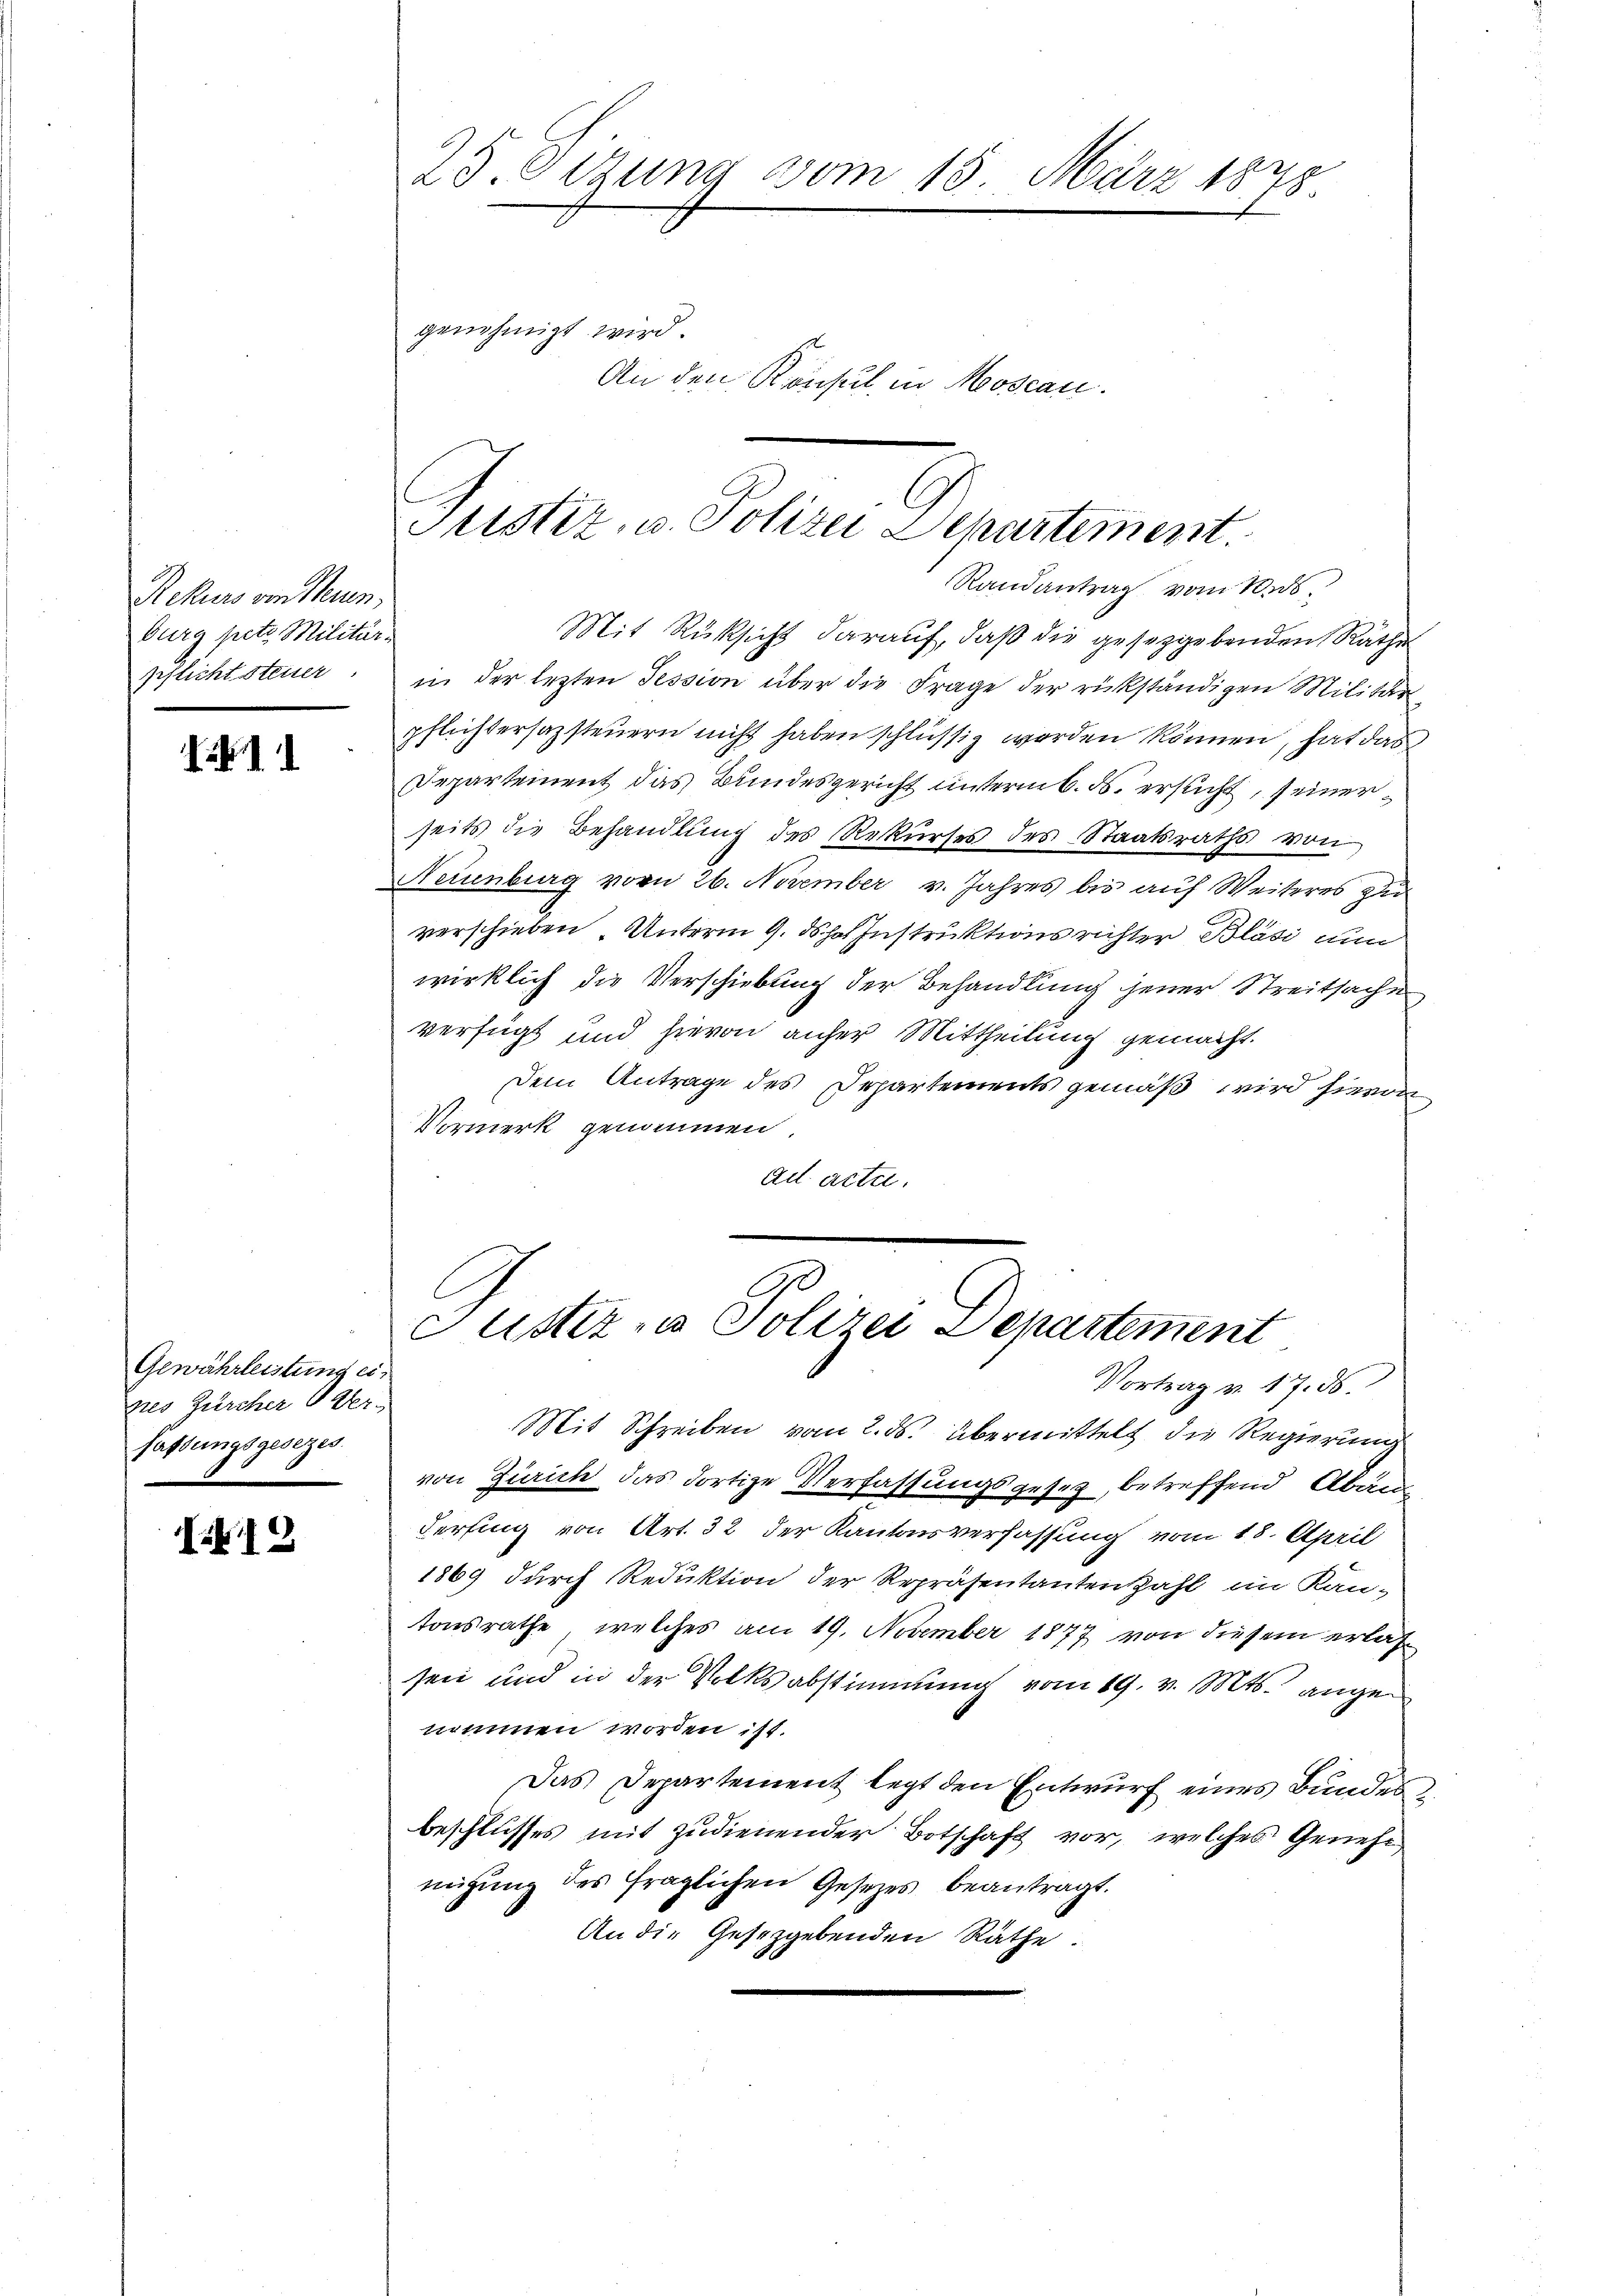
Rekurs von Neuen,
burg setz Militär-
geflicht steuer

1

Gewährleistung eines Zürcher Ver-
fassungsgesezes.

I.19

25. Setzung vom 18. März 1878
genehmigt wird.
An den Konsul in Moscan.

Justiz- u. Polizei Departement.
Randantrag vom 10. ds.

Mit Rüksicht darauf, daß die gesetzgebenden Rathe
in der lezten Tession über die Frage der rückständigen Militär
pflichtersazsteuern nicht haben schlüssig werden können, hat das
Departement das Bundesgericht unterm 6. ds. ersucht, seinerseits die Behandlung des Rekurses des Staatsraths von
Neuenburg vom 26. November v. Jahres bis auf Weiteres zu
verschieben. Unterm 9. ds Instruktionsrichter Bläsi nun
wirklich die Verschiebung der Behandlung jener Streitsache
verfügt und hievon anher Mittheilung gemacht.
Dem Antrage des Departements gemäß wird hievon
Vormerk genommen.
ad acta.

custiz- u Polizei Departement
Vortrag v. 17. ds.

Mit Schreiben vom 2. ds. übermittelt die Regierung
von Zürich das dortige Verfassungsgesetz, betreffend Abänderfing von Art. 32 der Kantonsverfassung vom 18. April
1869 durch Reduktion der Repräsentantenzahl im Kan-
tonsrathe, welches am 19. November 1877 von diesem erlasseit und in der Volksabstimmung vom 19. v. Mts. angenamen worden ist.
Das Departement legt den Entwurf eines Bundes
beschlusses mit zudienender Botschaft vor, welches Genehmigung des fraglichen Gesetzes beantragt.
An die Gesetzgebenden Räthe.